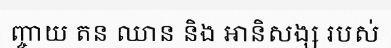
ញ្ចាយ តន ឈាន និង ឤនិសង្ស របស់